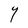
Character: Y